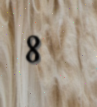
8